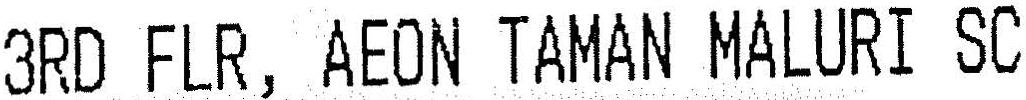
3RD FLR, AEON TAMAN MALURI SC